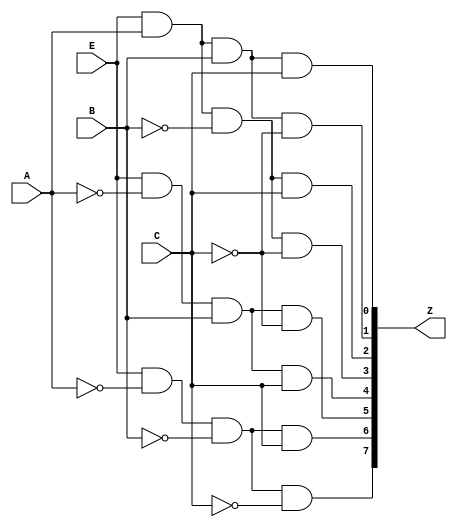
module decoder38_b(
	input wire A,
	input wire B,
	input wire C,
	input wire E,
	output reg [0:7] Z );

always @(A,B,C, E)
begin

Z[0] <= E & ~A & ~B & ~C;
Z[1] <= E & ~A & ~B & C;
Z[2] <= E & !A & B & !C;
Z[3] <= E & !A & B & C;
Z[4] <= E & A & !B & !C;
Z[5] <= E & A & !B & C;
Z[6] <= E & A & B & !C;
Z[7] <= E & A & B & C;

end

endmodule